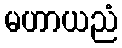
မဟာယညံ